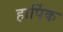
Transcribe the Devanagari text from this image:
हार्पिक